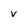
Character: V